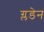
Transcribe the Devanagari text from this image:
ग्लडेन